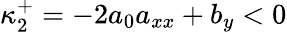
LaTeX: \kappa_{2}^{+}=-2a_{0}a_{xx}+b_{y}<0